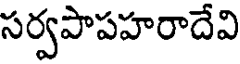
సర్వపాపహరాదేవి